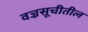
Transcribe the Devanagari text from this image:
वज्रसूचीतील